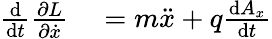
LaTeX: \begin{array}{rl}{{\frac{\mathrm{d}}{\mathrm{d}t}}{\frac{\partial L}{\partial{\dot{x}}}}}&{{}=m{\ddot{x}}+q{\frac{\mathrm{d}A_{x}}{\mathrm{d}t}}}\end{array}